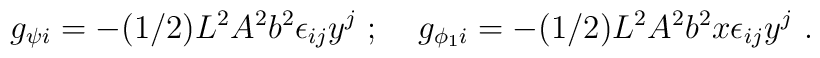
g_{\psi i}=-(1/2)L^2A^2b^2\epsilon_{ij}y^j  \; ; \; \; \; \;g_{\phi_1 i}=-(1/2)L^2A^2b^2 x \epsilon_{ij}y^j \ .